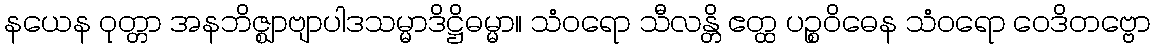
နယေန ဝုတ္တာ အနဘိဇ္ဈာဗျာပါဒသမ္မာဒိဋ္ဌိဓမ္မာ။ သံဝရော သီလန္တိ ဧတ္ထ ပဉ္စဝိဓေန သံဝရော ဝေဒိတဗ္ဗော